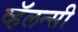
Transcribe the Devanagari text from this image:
व्हॅलन्सी